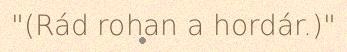
"(Rád rohan a hordár.)"